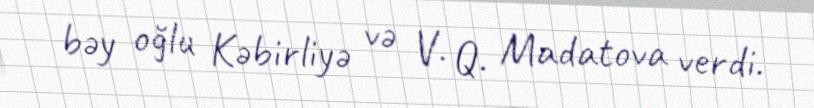
bəy oğlu Kəbirliyə və V. Q. Madatova verdi.